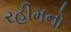
રહીમનો